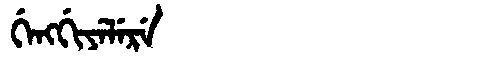
Manchu: ᡤᡝᠩᡤᡳᠶᡝᠯᡝᡵᡝ
Romanization: GENGGIYELERE